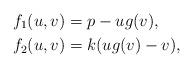
LaTeX: \begin{align*}f_{1}(u,v) & =p-ug(v),\\f_{2}(u,v) & =k(ug(v)-v), \end{align*}